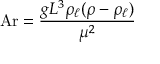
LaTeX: \mathrm { A r } = { \frac { g L ^ { 3 } \rho _ { \ell } ( \rho - \rho _ { \ell } ) } { \mu ^ { 2 } } }